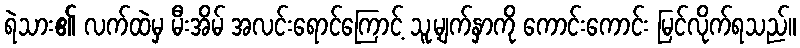
ရဲသား၏ လက်ထဲမှ မီးအိမ် အလင်းရောင်ကြောင့် သူ့မျက်နှာကို ကောင်းကောင်း မြင်လိုက်ရသည်။